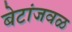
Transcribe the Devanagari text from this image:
बेटांजवळ